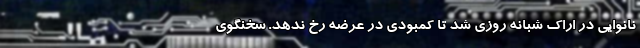
نانوایی در اراک شبانه روزی شد تا کمبودی در عرضه رخ ندهد. سخنگوی‌